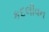
કદલીવન